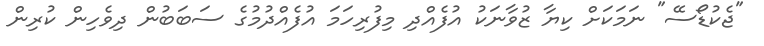
"ޖެކުޑޯސޭ" ނަމަކަށް ކިޔާ ޒުވާނަކު އުފެއްދި މިފުރިހަމަ އުފެއްދުމުގެ ސަބަބުން ދިވެހިން ކުރިން